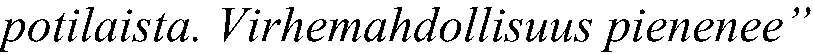
potilaista. Virhemahdollisuus pienenee”